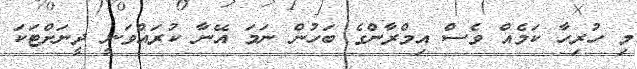
މި ހުރިހާ ކަމެއް ވެސް އިމްރާންގެ ބަހުން ނަމަ އޭނާ ކުރައްވަނީ ދީނަށްޓަކަ